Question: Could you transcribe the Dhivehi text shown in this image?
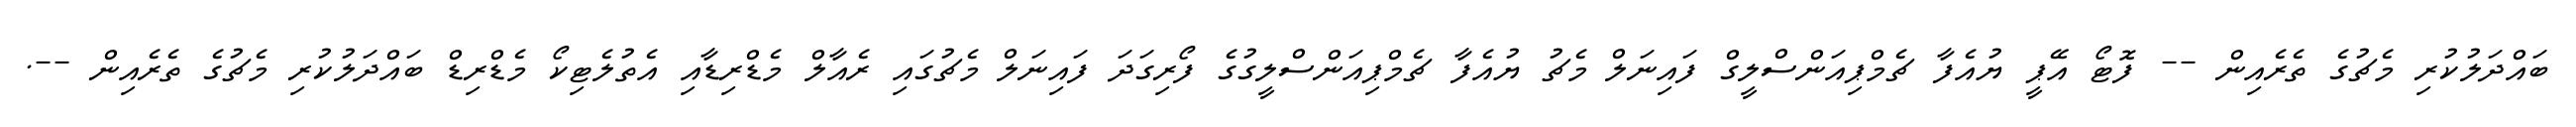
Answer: ބައްދަލުކުރި މެޗުގެ ތެރެއިން -- ފޮޓޯ އޭޕީ ޔުއެފާ ޗެމްޕިއަންސްލީގް ފައިނަލް މެޗު ޔުއެފާ ޗެމްޕިއަންސްލީގުގެ ފޯރިގަދަ ފައިނަލް މެޗުގައި ރެއާލް މެޑްރިޑާއި އެތުލެޓިކޯ މެޑްރިޑް ބައްދަލުކުރި މެޗުގެ ތެރެއިން --.